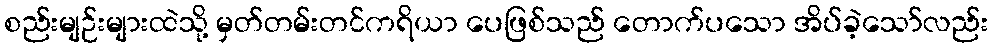
စည်းမျဉ်းများထဲသို့ မှတ်တမ်းတင်ကရိယာ ပေဖြစ်သည် တောက်ပသော အိပ်ခဲ့သော်လည်း